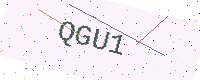
Text: QGU1